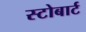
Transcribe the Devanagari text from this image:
स्टोबार्ट